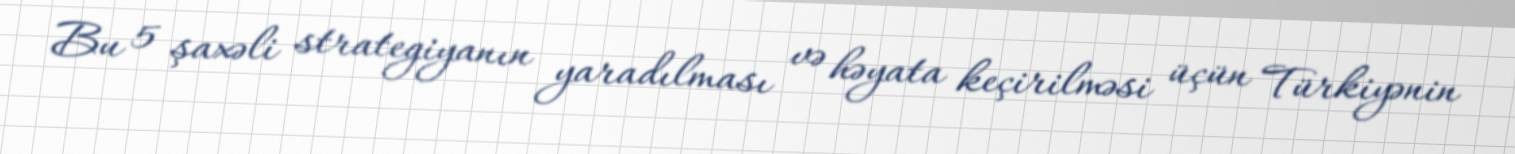
Bu 5 şaxəli strategiyanın yaradılması və həyata keçirilməsi üçün Türkiyənin